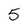
Character: 5